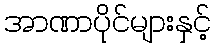
အာဏာပိုင်များနှင့်